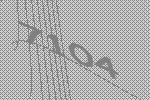
7104